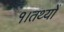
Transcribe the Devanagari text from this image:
१।तथ्यों